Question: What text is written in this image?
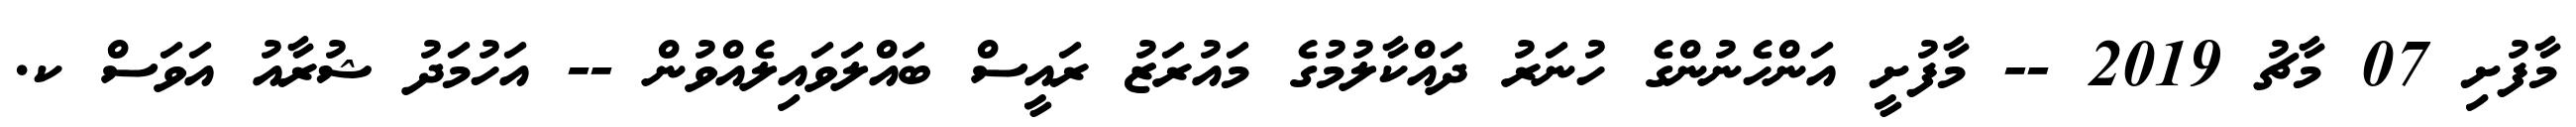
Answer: މާފުށި 07 މާޗު 2019 -- މާފުށީ އަންހެނުންގެ ހުނަރު ދައްކާލުމުގެ މައުރަޒު ރައީސް ބައްލަވައިލެއްވުން -- އަހުމަދު ޝުރާއު އަވަސް ކ.